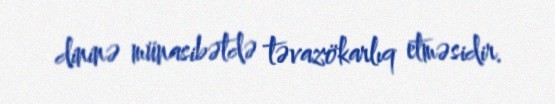
dininə münasibətdə təvazökarlıq etməsidir.